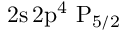
\mathrm { 2 s \, 2 p ^ { 4 } ~ P _ { 5 / 2 } }